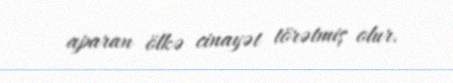
aparan ölkə cinayət törətmiş olur.